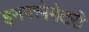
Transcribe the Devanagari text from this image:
इनफ्लेमेटरी